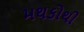
મથકોથી